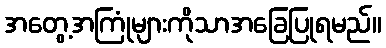
အတွေ့အကြုံများကိုသာအခြေပြုရမည်။